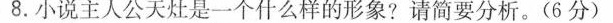
8.小说主人公天灶是一个什么样的形象?请简要分析。(6分)